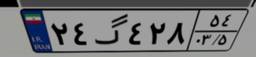
۲۴گ۴۲۸۵۴